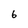
Character: 6